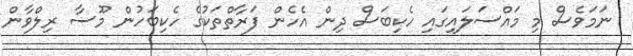
ނަމަވެސް މި މައްސަލައިގައި ހެކިބަސް ދިން އެހެން ފަރާތްތަކުގެ ހެކިބަހުން މޫސާ ރިލްވާން